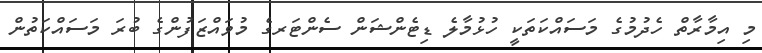
މި އިމާރާތް ހެދުމުގެ މަސައްކަތަކީ ހުޅުމާލެ ޑިޓެންޝަން ސެންޓަރގެ މުވައްޒަފުންގެ ބުރަ މަސައްކަތުން